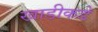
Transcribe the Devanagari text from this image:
खाडीकडे